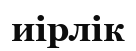
иірлік